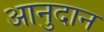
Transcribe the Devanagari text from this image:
आनुदान